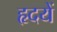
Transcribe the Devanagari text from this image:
हृदयें